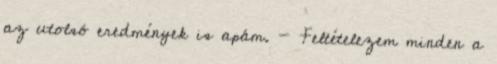
az utolsó eredmények is apám. - Feltételezem minden a